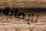
للإصابة